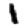
Digit: 1